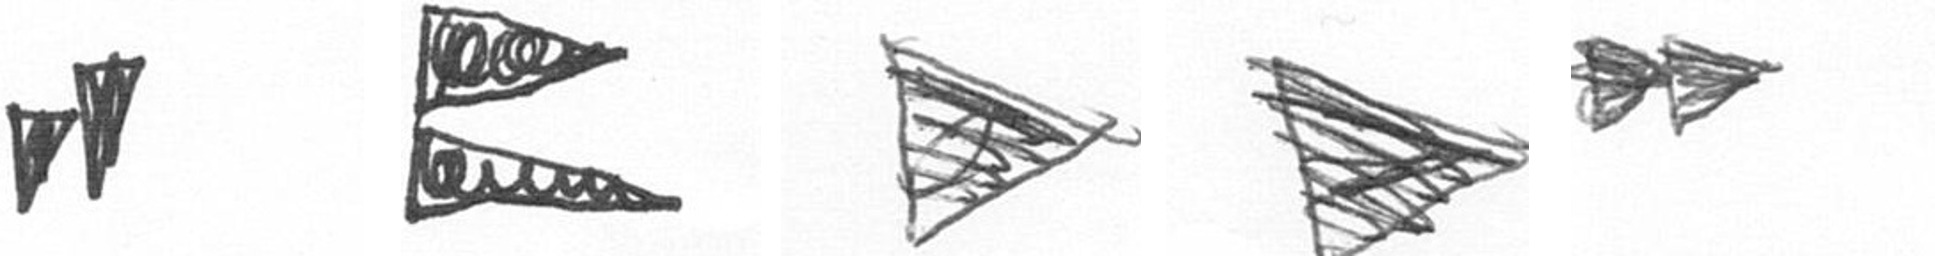
M P T T A